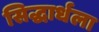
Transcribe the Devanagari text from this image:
सिद्धार्धला